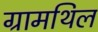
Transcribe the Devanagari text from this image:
ग्रामथिल